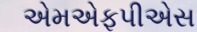
એમએફપીએસ